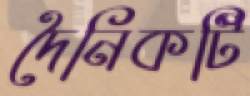
দৈনিকটি